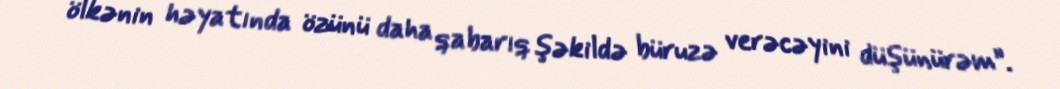
ölkənin həyatında özünü daha qabarıq şəkildə büruzə verəcəyini düşünürəm”.